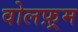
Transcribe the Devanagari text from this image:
वोलफ़्रम